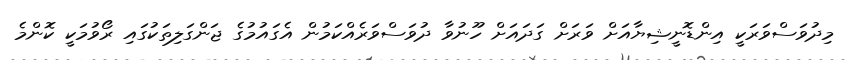
މިދުވަސްވަރަކީ އިންޑޮނީޝިޔާއަށް ވަރަށް ގަދައަށް ހޫނުވާ ދުވަސްވަރެއްކަމުން އެގައުމުގެ ޖަންގަލިތަކުގައި ރޯވުމަކީ ކޮންމެ